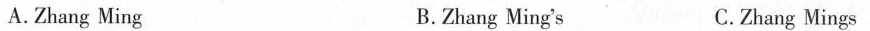
A.Zhang Ming B.Zhang Ming's C.Zhang Mings